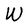
Character: W